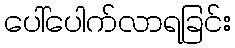
ပေါ်ပေါက်လာရခြင်း